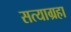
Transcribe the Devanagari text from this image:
सत्याग्रहा